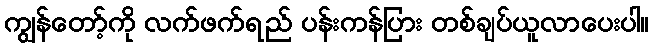
ကျွန်တော့်ကို လက်ဖက်ရည် ပန်းကန်ပြား တစ်ချပ်ယူလာပေးပါ။